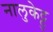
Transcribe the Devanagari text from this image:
नालुकेट्टु